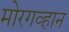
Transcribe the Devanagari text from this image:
मोरगव्हान